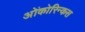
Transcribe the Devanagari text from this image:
ओंकोरिन्कस